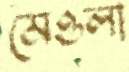
মেওলা